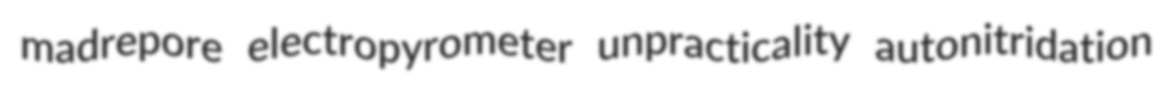
madrepore electropyrometer unpracticality autonitridation